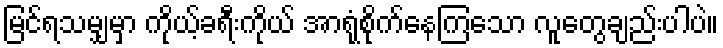
မြင်ရသမျှမှာ ကိုယ့်ခရီးကိုယ် အာရုံစိုက်နေကြသော လူတွေချည်းပါပဲ။